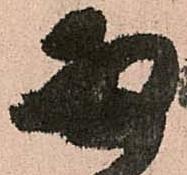
両